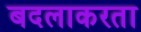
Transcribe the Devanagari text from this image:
बदलाकरता